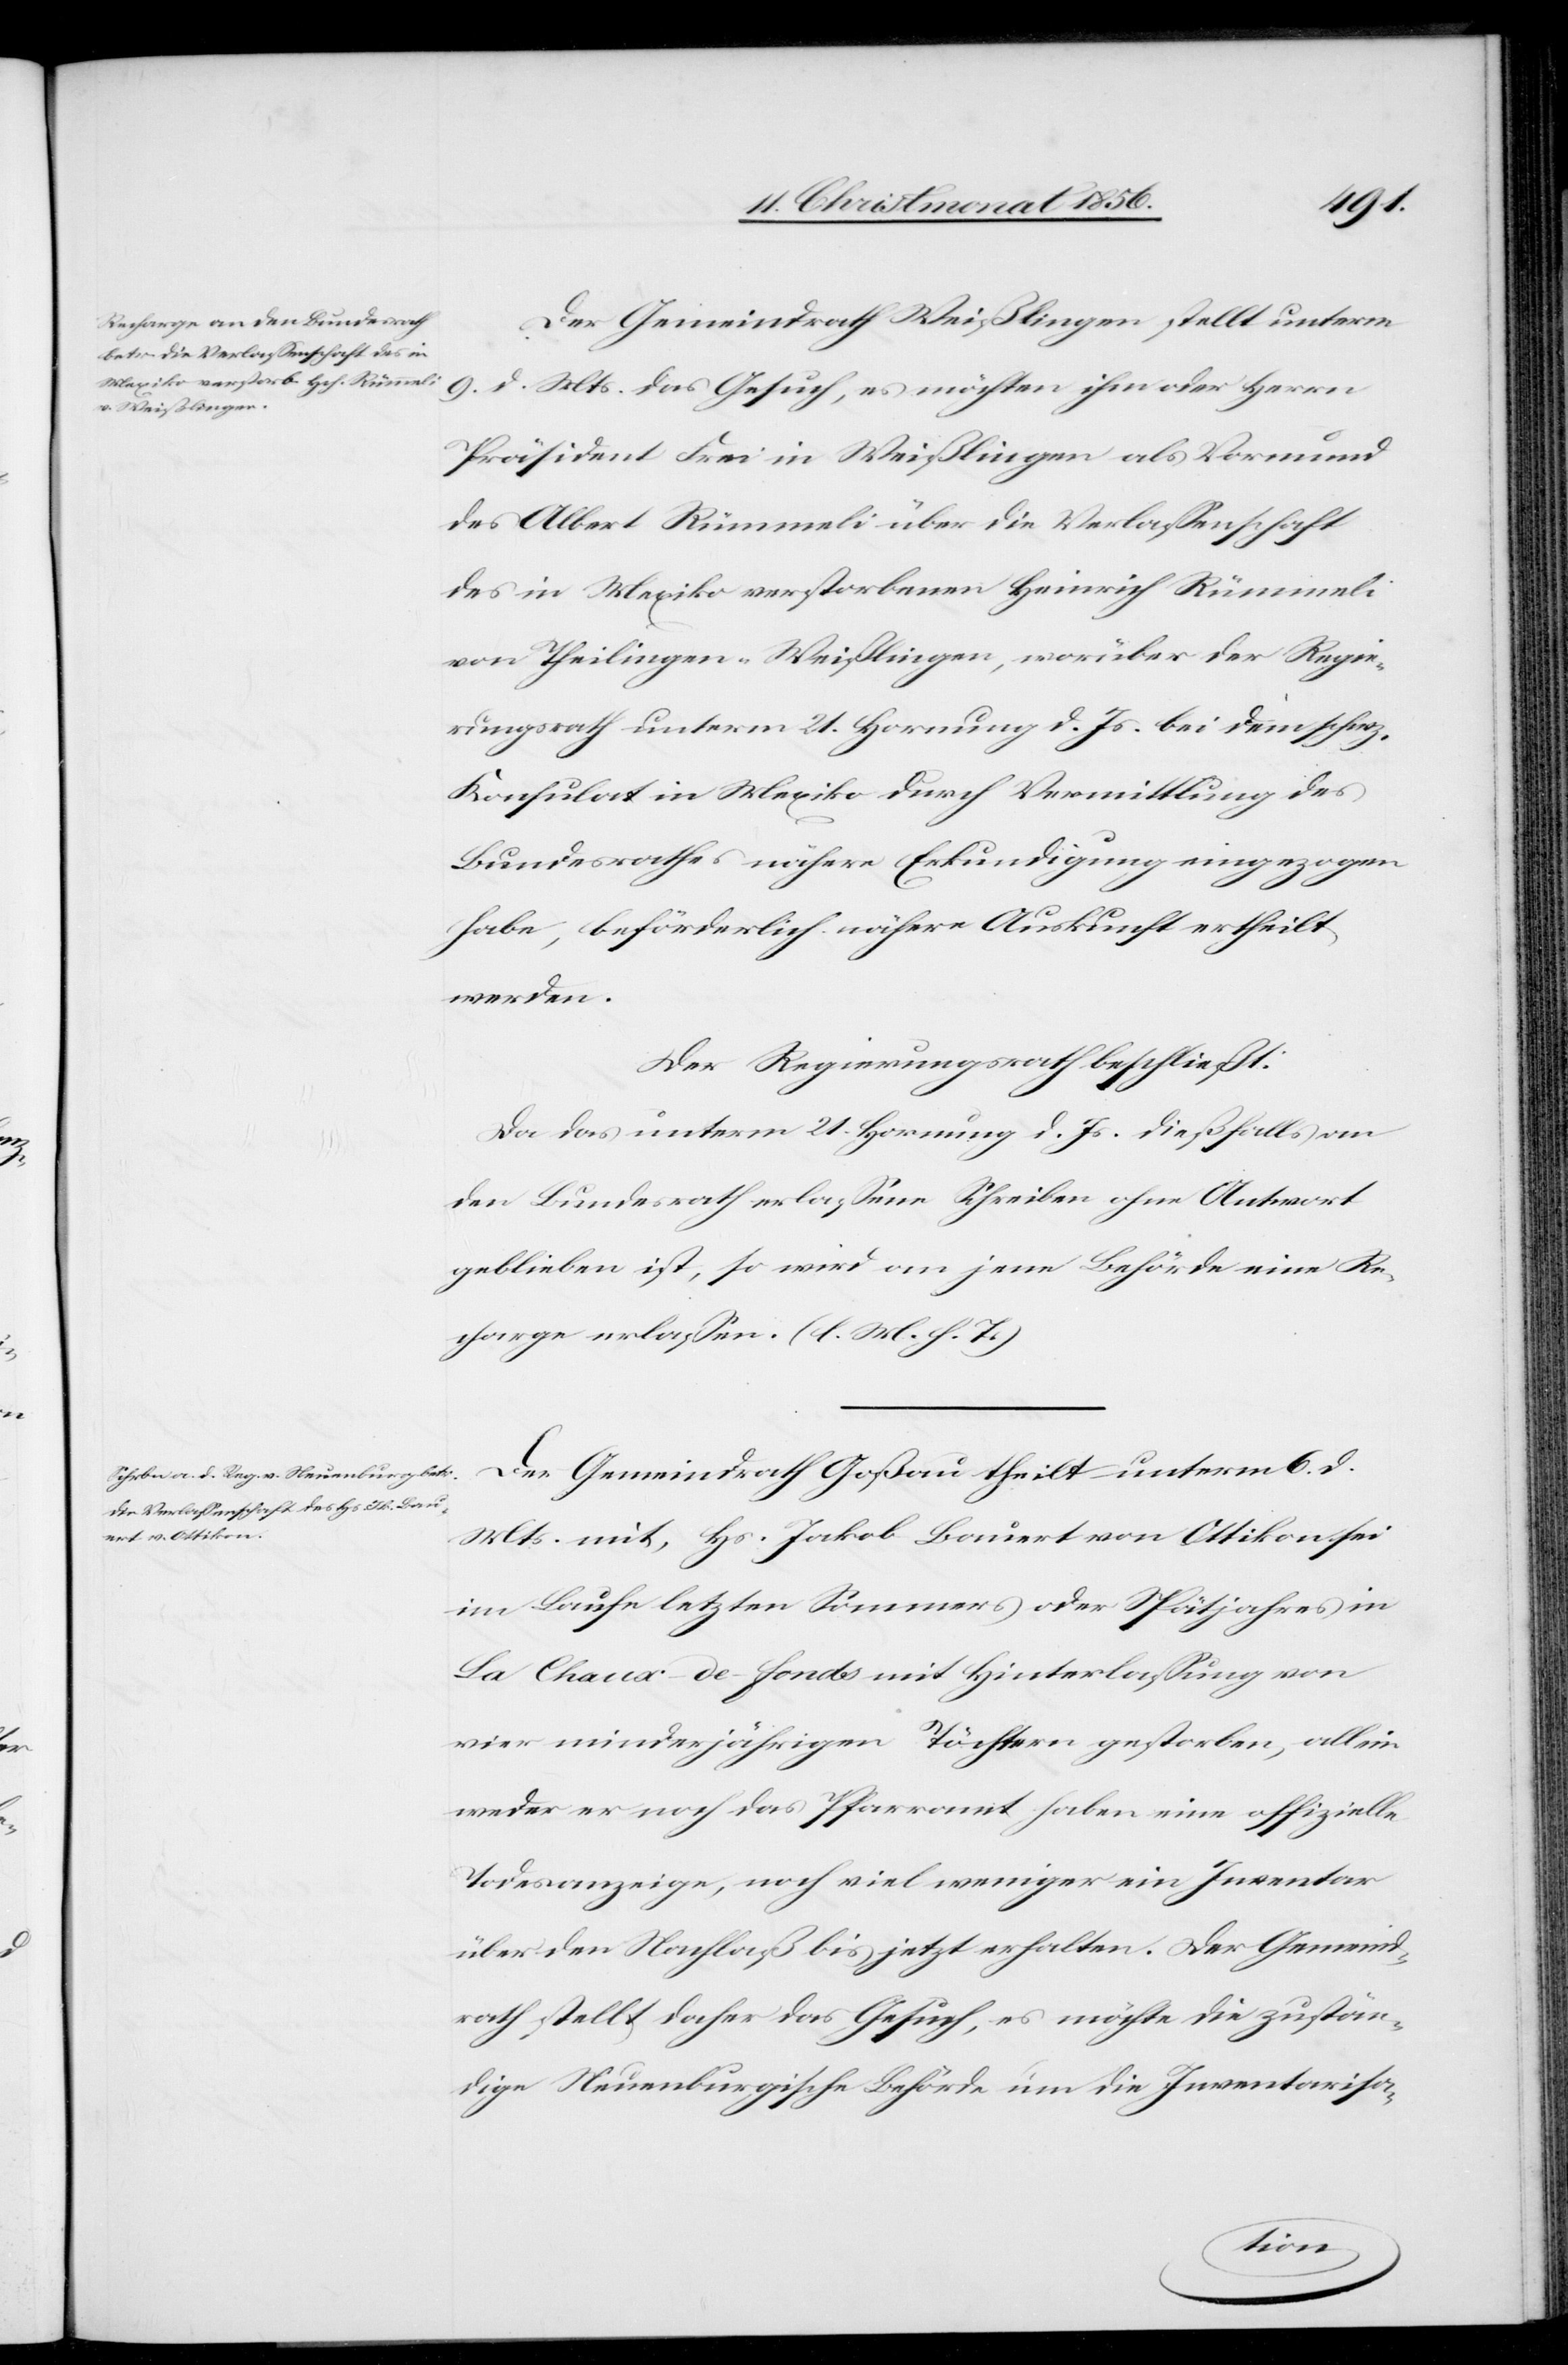
Der Gemeindrath Goßau theilt unterm
9. d. Mts. das Gesuch, es möchte ihm oder Herrn
Präsident Frei in Weißlingen als Vormund
des Albert Rümmeli über die Verlassenschaft
des in Mexiko verstorbenen Heinrich Rümmeli
von Theilingen-Weißlingen, worüber der Regie¬
rungsrath unterm 21. Hornung d. Js. bei dem schwz.
Konsulat in Mexiko durch Vermittlung des
Bundesrathes nähere Erkundigung eingezogen
habe, beförderlich nähere Auskunft ertheilt
werden.
Der Regierungsrath beschließt:
Da das unterm 21. Hornung d. Js. dießfalls an
den Bundesrath erlassene Schreiben ohne Antwort
geblieben ist, so wird an jene Behörde eine Re¬
charge erlassen. (l. M. h. T.)
Mts. mit, Hs. Jakob Bauert von Ottikon sei
im Laufe letzten Sommers oder Spätjahres in
La Chaux-de-fonds mit Hinterlassung von
vier minderjährigen Töchtern gestorben, allein
weder er noch das Pfarramt haben eine offizielle
Todesanzeige, noch viel weniger ein Inventar
über den Nachlaß bis jetzt erhalten. Der Gemeind¬
rath stellt daher das Gesuch, es möchte die zustän¬
dige Neuenburgische Behörde um die Inventarisa-